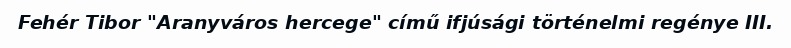
Fehér Tibor "Aranyváros hercege" című ifjúsági történelmi regénye III.